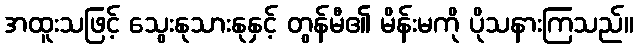
အထူးသဖြင့် သွေးနုသားနုနှင့် တွန်မီ၏ မိန်းမကို ပိုသနားကြသည်။